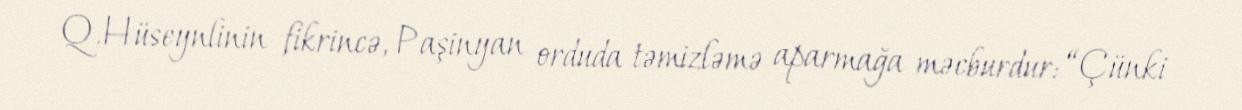
Q.Hüseynlinin fikrincə, Paşinyan orduda təmizləmə aparmağa məcburdur: “Çünki